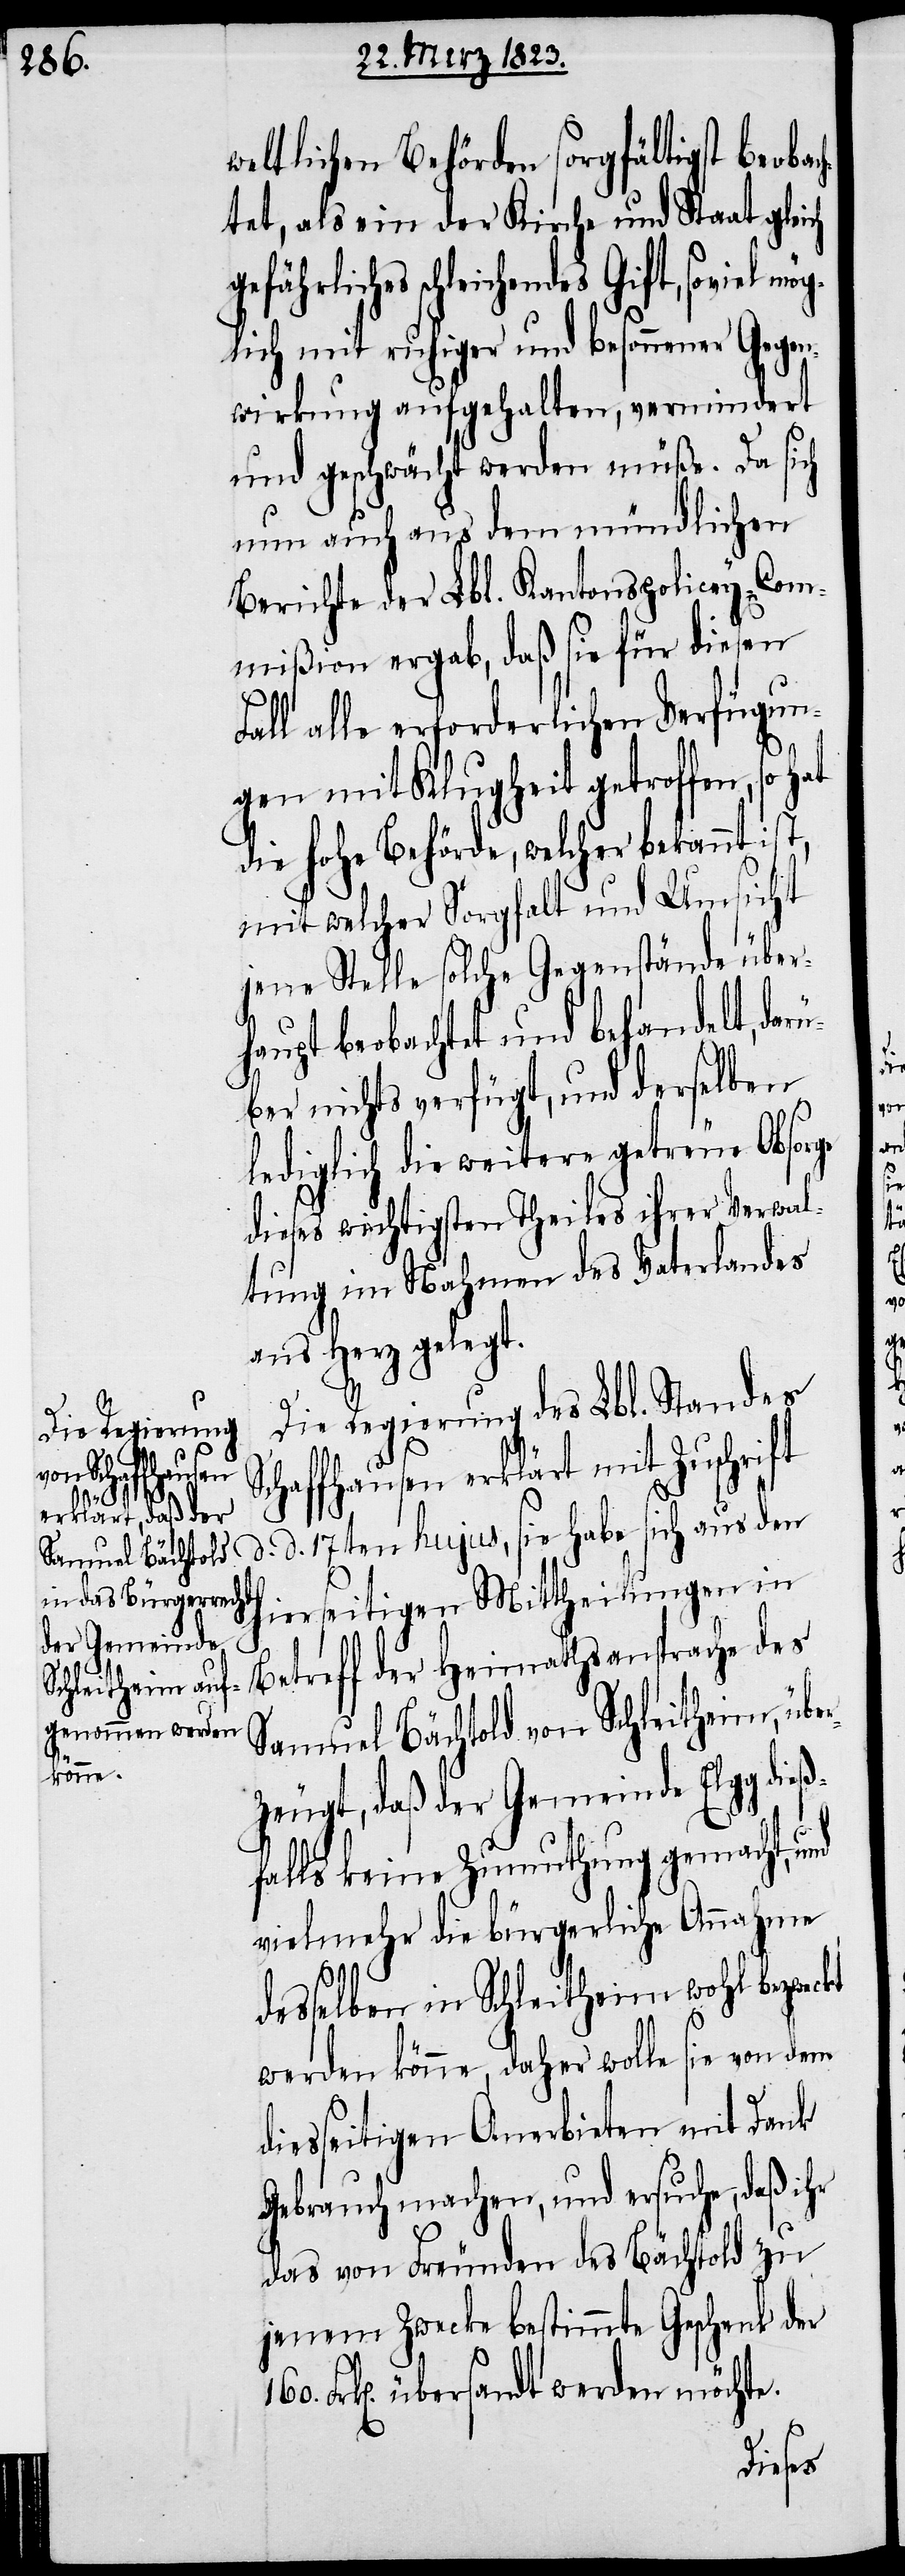
ch

weltlichen Behörden sorgfältigst beobac¬
htet, als ein der Kirche und Staat glei¬
gefährliches schleichendes
lich mit ruhiger und besonnener Gegen¬
wirkung aufgehalten, vermindert
und geschwächt werden müße. Da sich
nun auch aus dem mündlichen
Berichte der Lbl. Kantonspolicey-Com¬
mißion ergab, daß sie für diesen
Fall alle erforderlichen Verfügun¬
160.
gen mit Klugheit getroffen, so
die hohe Behörde, welcher bekannt ist,
mit welcher Sorgfalt und Umsicht
jene Stelle solche Gegenstände über¬
haupt beobachtet und behandelt, dar¬
über nichts verfügt, und derselben
lediglich die weitere getreue Obsorge
dieses wichtigsten Theiles ihrer Verwal¬
tung im Nahmen des Vaterlandes
ans Herz gelegt.
Die Regierung des Lbl. Standes
Schaffhausen erklärt mit Zuschrift
d. d. 17ten hujus, sie habe sich aus den
hierseitigen Mittheilungen in
Betreff der Heimathsansprache des
Samuel Bächtold von Schleitheim, übe¬
rzeugt, daß der Gemeinde Elgg die¬
falls keine Zumuthung gemacht,
vielmehr die bürgerliche Annahme
desselben in Schleitheim wohl bezweckt
werden könne, daher wolle sie von dem
diesseitigen Anerbieten mit Dank
Gebrauch machen, und ersuche, daß ihr
zu
das von Freunden des Bächtold
jenem Zwecke bestimmte Geschenk der
Frk[en]. übersandt werden möchte.